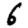
Digit: 6